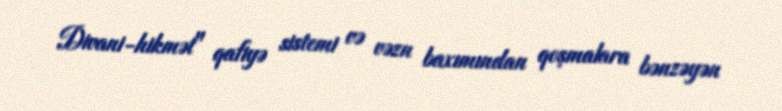
Divani-hikmət" qafiyə sistemi və vəzn baxımından qoşmalara bənzəyən